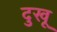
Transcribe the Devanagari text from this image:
दुखू